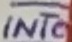
Text: INT0